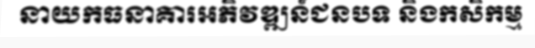
នាយកធនាគារអភិវឌ្ឍន៍ជនបទ និងកសិកម្ម